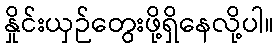
နှိုင်းယှဉ်တွေးဖို့ရှိနေလို့ပါ။